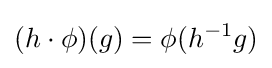
(h\cdot \phi )(g)=\phi (h^{-1}g)